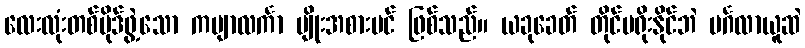
လေးလုံးတစ်ပိုဒ်ဖွဲ့သော ကဗျာလင်္ကာ မျိုးအစားပင် ဖြစ်သည်။ ယခုခေတ် တိုင်မရိုးနိုင်ဘဲ မင်္ဂလာယူဆဲ